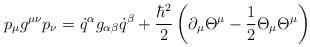
LaTeX: \begin{align*}p_{\mu} g^{\mu\nu} p_{\nu}= \dot{q}^{\alpha} g_{\alpha\beta}\dot{q}^{\beta}+ \frac{\hbar^{2}}{2}\left( \partial _{\mu}\Theta^{\mu}- \frac{1}{2} \Theta_{\mu} \Theta^{\mu} \right)\end{align*}